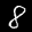
Label: 8